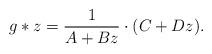
LaTeX: \begin{align*}g*z=\frac{1}{A+Bz} \cdot (C+Dz).\end{align*}